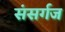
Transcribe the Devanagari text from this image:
संसर्गज